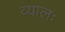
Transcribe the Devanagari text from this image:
व्यालः